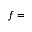
f =